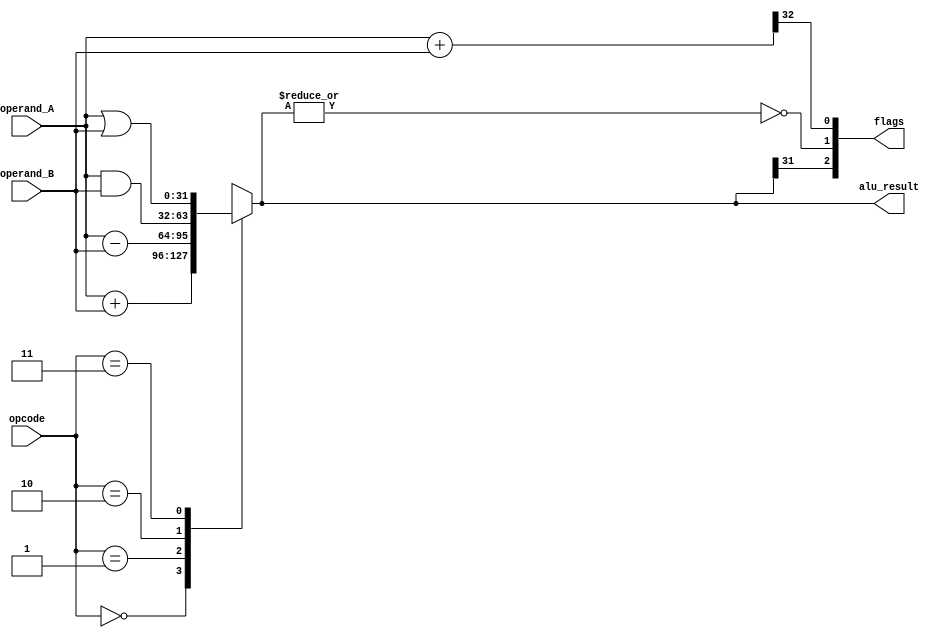
// This program was cloned from: https://github.com/FPGADude/Digital-Design
// License: GNU General Public License v3.0

`timescale 1ns / 1ps
//////////////////////////////////////////////////////////////////////////////////
// Authored by David J. Marion aka FPGA Dude
// Created on 4/13/2022
//
// Description: simple alu
//////////////////////////////////////////////////////////////////////////////////
module alu #(parameter W = 32)(
    input       [1:0] opcode,
    input       [W-1:0] operand_A,
    input       [W-1:0] operand_B,
    output reg  [W-1:0] alu_result,
    output      [2:0] flags
    );
    
    wire N, Z, C;
    wire [W:0] carry_check;
    
    always @* begin
        case(opcode)
            2'b00 : alu_result = operand_A + operand_B; // add
            2'b01 : alu_result = operand_A - operand_B; // sub
            2'b10 : alu_result = operand_A & operand_B; // AND
            2'b11 : alu_result = operand_A | operand_B; // OR
        endcase
    end
    
    assign carry_check = operand_A + operand_B;
    assign N = alu_result[W-1];
    assign Z = ~|alu_result;
    assign C = carry_check[W];  
    assign flags = {N, Z, C};
      
endmodule